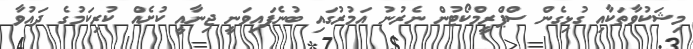
މިޝަކުވާތަކާއި ގުޅިގެން ސްޕްރީމްކޯޓުން ނެރުނު އަމުރުގައި ބުނެފައިވަނީ ޖިނާއީ ކުށެއް ކުރިކަމުގެ ދައުވާ